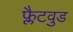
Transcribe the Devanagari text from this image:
फ्लैटवुड